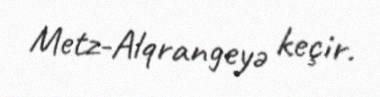
Metz-Alqrangeyə keçir.